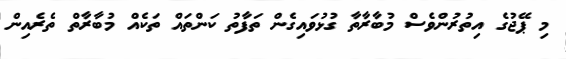
މި ޕޭޖުގެ އިތުރުންވެސް މުބާރާތާ ގުޅުވައިގެން ތަފާތު ކަންތައް ތަކެއް މުބާރާތް ތެރެއިން